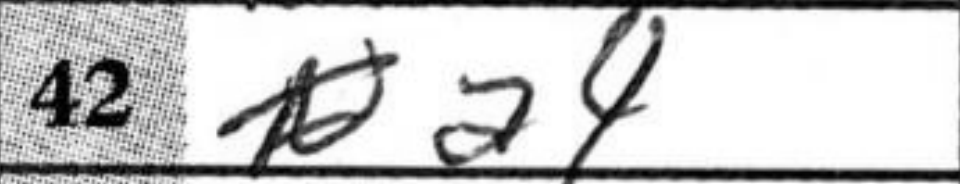
Transcription: a4